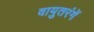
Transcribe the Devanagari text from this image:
वायुतरंगें